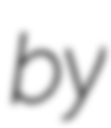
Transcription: by